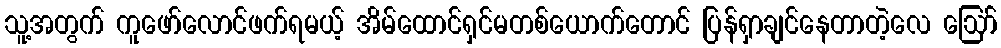
သူ့အတွက် ကူဖော်လောင်ဖက်ရမယ့် အိမ်ထောင်ရှင်မတစ်ယောက်တောင် ပြန်ရှာချင်နေတာတဲ့လေ ဪ